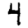
Digit: 4